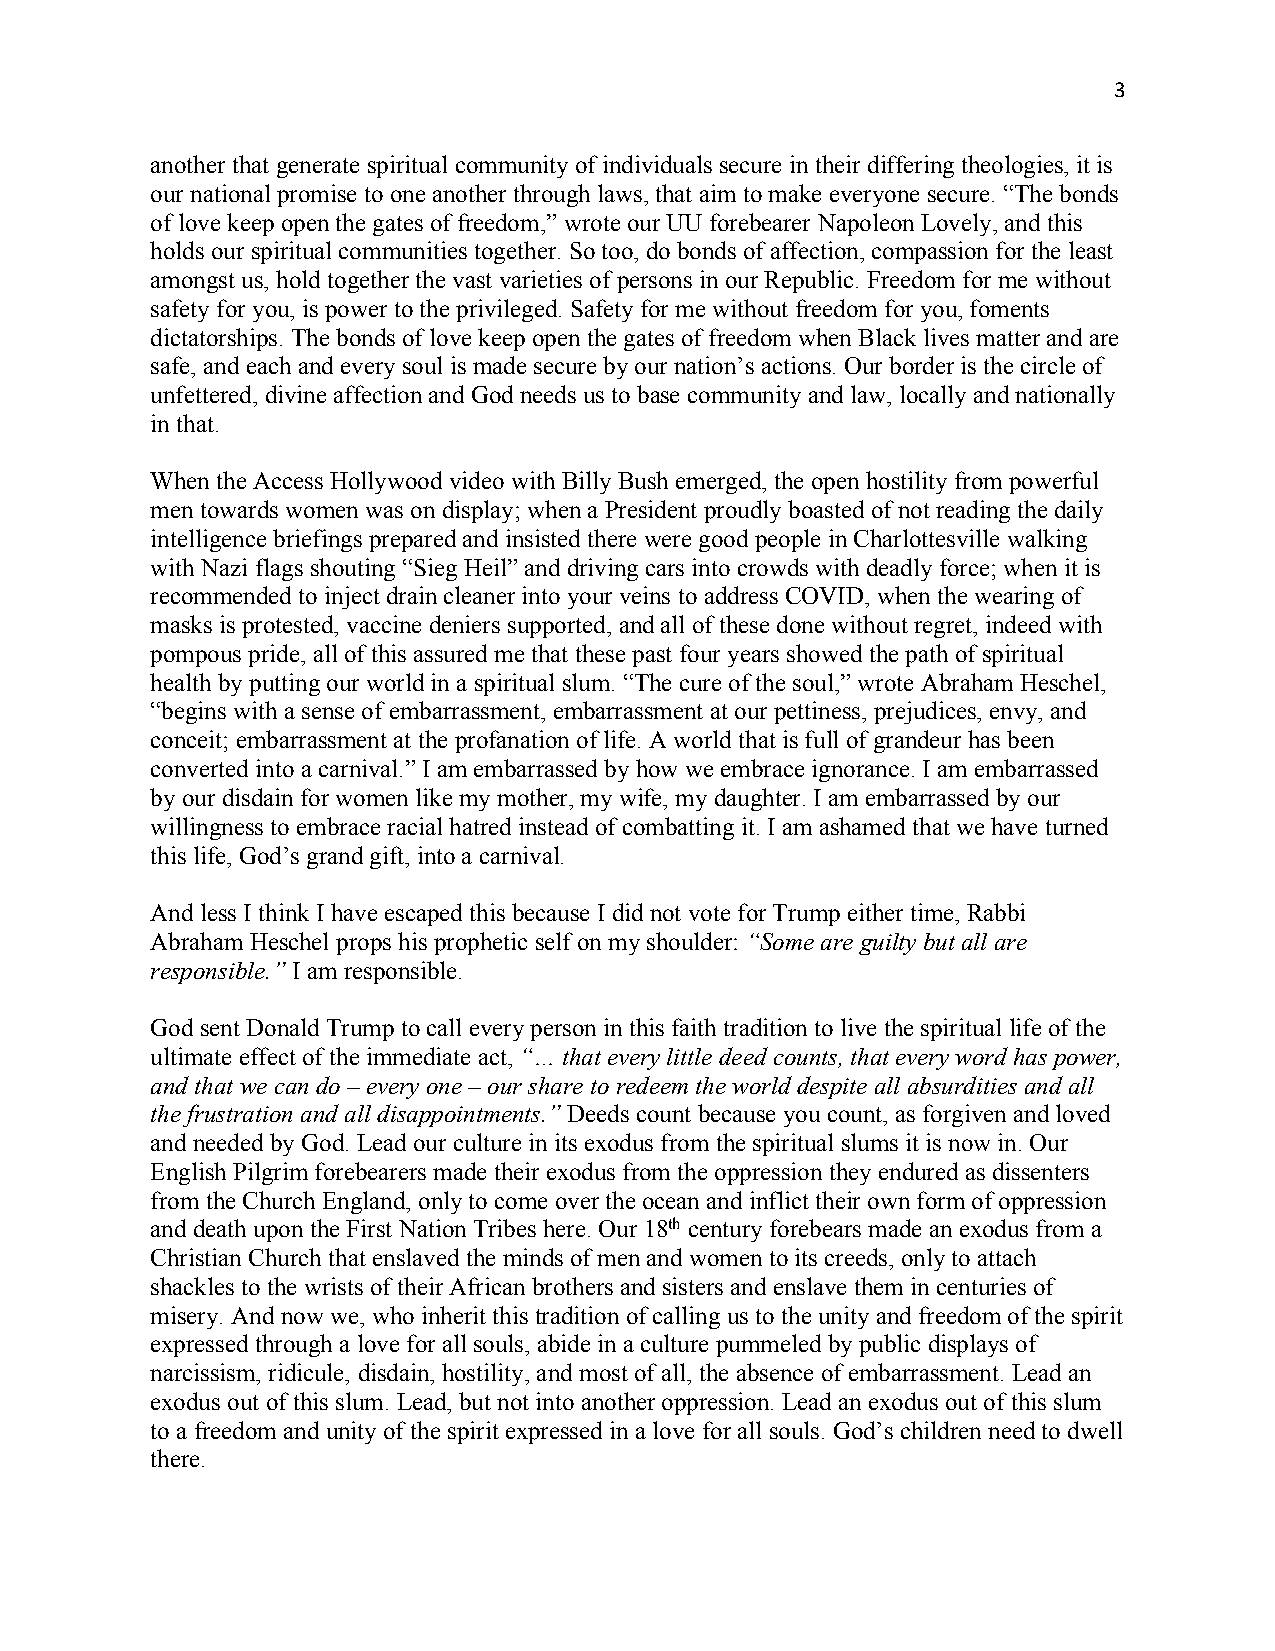
3
 another that generate spiritual community of individuals secure in their differing theologies, it is
 our national promise to one another through laws, that aim to make everyone secure. “The bonds
 of love keep open the gates of freedom,” wrote our UU forebearer Napoleon Lovely, and this
 holds our spiritual communities together. So too, do bonds of affection, compassion for the least
 amongst us, hold together the vast varieties of persons in our Republic. Freedom for me without
 safety for you, is power to the privileged. Safety for me without freedom for you, foments
 dictatorships. The bonds of love keep open the gates of freedom when Black lives matter and are
 safe, and each and every soul is made secure by our nation’s actions. Our border is the circle of
 unfettered, divine affection and God needs us to base community and law, locally and nationally
 in that.
 When the Access Hollywood video with Billy Bush emerged, the open hostility from powerful
 men towards women was on display; when a President proudly boasted of not reading the daily
 intelligence briefings prepared and insisted there were good people in Charlottesville walking
 with Nazi flags shouting “Sieg Heil” and driving cars into crowds with deadly force; when it is
 recommended to inject drain cleaner into your veins to address COVID, when the wearing of
 masks is protested, vaccine deniers supported, and all of these done without regret, indeed with
 pompous pride, all of this assured me that these past four years showed the path of spiritual
 health by putting our world in a spiritual slum. “The cure of the soul,” wrote Abraham Heschel,
 “begins with a sense of embarrassment, embarrassment at our pettiness, prejudices, envy, and
 conceit; embarrassment at the profanation of life. A world that is full of grandeur has been
 converted into a carnival.” I am embarrassed by how we embrace ignorance. I am embarrassed
 by our disdain for women like my mother, my wife, my daughter. I am embarrassed by our
 willingness to embrace racial hatred instead of combatting it. I am ashamed that we have turned
 this life, God’s grand gift, into a carnival.
 And less I think I have escaped this because I did not vote for Trump either time, Rabbi
 Abraham Heschel props his prophetic self on my shoulder: “Some are guilty but all are
 responsible.” I am responsible.
 God sent Donald Trump to call every person in this faith tradition to live the spiritual life of the
 ultimate effect of the immediate act, “… that every little deed counts, that every word has power,
 and that we can do – every one – our share to redeem the world despite all absurdities and all
 the frustration and all disappointments.” Deeds count because you count, as forgiven and loved
 and needed by God. Lead our culture in its exodus from the spiritual slums it is now in. Our
 English Pilgrim forebearers made their exodus from the oppression they endured as dissenters
 from the Church England, only to come over the ocean and inflict their own form of oppression
 and death upon the First Nation Tribes here. Our 18th century forebears made an exodus from a
 Christian Church that enslaved the minds of men and women to its creeds, only to attach
 shackles to the wrists of their African brothers and sisters and enslave them in centuries of
 misery. And now we, who inherit this tradition of calling us to the unity and freedom of the spirit
 expressed through a love for all souls, abide in a culture pummeled by public displays of
 narcissism, ridicule, disdain, hostility, and most of all, the absence of embarrassment. Lead an
 exodus out of this slum. Lead, but not into another oppression. Lead an exodus out of this slum
 to a freedom and unity of the spirit expressed in a love for all souls. God’s children need to dwell
 there.